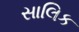
સાલિક